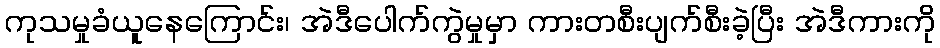
ကုသမှုခံယူနေကြောင်း၊ အဲဒီပေါက်ကွဲမှုမှာ ကားတစီးပျက်စီးခဲ့ပြီး အဲဒီကားကို